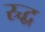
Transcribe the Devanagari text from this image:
स्र्द्ध